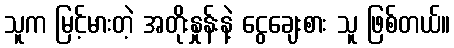
သူက မြင့်မားတဲ့ အတိုးနှုန်းနဲ့ ငွေချေးစား သူ ဖြစ်တယ်။